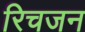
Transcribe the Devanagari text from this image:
रिचजन